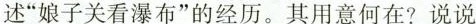
述”娘子关看瀑布”的经历。其用意何在?说说